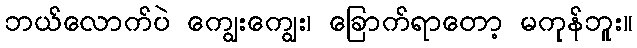
ဘယ်လောက်ပဲ ကျွေးကျွေး၊ ခြောက်ရာတော့ မကုန်ဘူး။